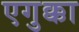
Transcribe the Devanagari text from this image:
एगुक्का